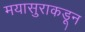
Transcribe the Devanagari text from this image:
मयासुराकडून